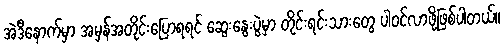
အဲဒီနောက်မှာ အမှန်အတိုင်းပြောရရင် ဆွေးနွေးပွဲမှာ တိုင်းရင်းသားတွေ ပါဝင်လာဖို့ဖြစ်ပါတယ်။